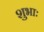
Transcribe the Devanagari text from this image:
शुभाः